Report of the Indian Hemp Drugs Commission, 1894-1895 - Volume VI
Year: 1894
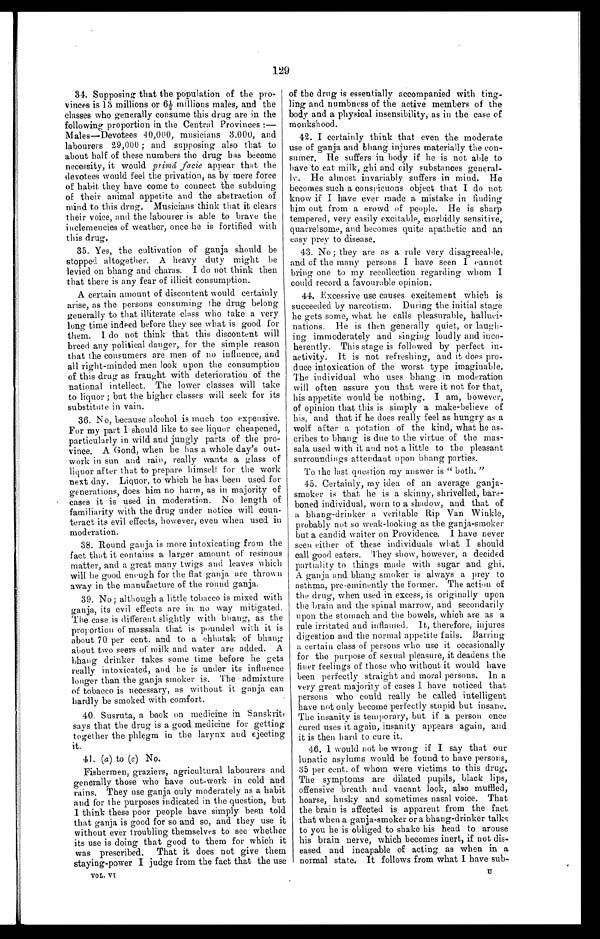
129
34.Supposing that the population of the pro-
vi nces i s 13 mi l l i ons or 6½ mi l l i ons mal es, and t he
classes who generally consume this drug are in the
following proportion in the Central Provinces:—
Males—Devotees 40,000, musicians 3.000, and
labourers 29,000; and supposing also that to
about half of these numbers the drug has become
necessity, it would primâ facie appear that the
devotees would feel the privation, as by mere force
of habit they have come to connect the subduing
of their animal appetite and the abstraction of
mind to this drug. Musicians think that it clears
their voice, and the labourer is able to brave the
inclemencies of weather, once he is fortified with
this drug.
35.Yes, the cultivation of ganja, should be
stopped altogether. A heavy duty might be
levied on bhang and charas. I do not think then
that there is any fear of illicit consumption.
A certain amount of discontent would certainly
arise, as the persons consuming the drug belong
generally to that illiterate class who take a very
long time indeed before they see what is good for
them. I do not think that this discontent will
breed any political danger, for the simple reason
that the consumers are men of no influence, and
all right-minded men look upon the consumption
of this drug as fraught with deterioration of the
national intellect. The lower classes will take
to liquor; but the higher classes will seek for its
substitute in vain.
36. No, because alcohol is much too expensive.
For my part I should like to see liquor cheapened,
particularly in wild and jungly parts of the pro
-vince. A Gond, when he has a whole day's out
- w o r k i n s u n a n d r a i n , r e a l l y w a n t s a g l a s s o f
liquor after that to prepare himself for the work
next day. Liquor, to which he has been used for
generations, does him no harm, as in majority of
cases it is used in moderation. No length of
familiarity with the drug under notice will coun
- t e r a c t i t s e v i l e f f e c t s , h o w e v e r , e v e n w h e n u s e d i n
moderation.
38.Round ganja is more intoxicating from the
fact that it contains a larger amount of resinous
matter, and a great many twigs and leaves which
will be good enough for the flat ganja are thrown
away in the manufacture of the round ganja.
39.No; although a little tobacco is mixed with
g a n j a , i t s e v i l e f f e c t s a r e i n n o w a y m i t i g a t e d .
The case is different slightly with bhang, as the
proportion of massala that is pounded with it is
about 70 per cent. and to a chhatak of bhang
about two seers of milk and water are added. A
bhang drinker takes some time before he gets
really intoxicated, and he is under its influence
longer than the ganja smoker is. The admixture
of tobacco is necessary, as without it ganja can
bardly be smoked with comfort.
40.Susruta, a book on medicine in Sanskrit,
says that the drug is a good medicine for getting
together the phlegm in the larynx and ejecting
it.
41.(a) to (c) No.
Fishermen, graziers, agricultural labourers and
generally those who have out-work in cold and
rains. They use ganja only moderately as a habit
and for the purposes indicated in the question, but
I think these poor people have simply been told
that ganja is good for so and so, and they use it
without ever troubling themselves to see whether
i t s u s e i s d o i n g t h a t g o o d t o t h e m f o r wh i c h i t
was prescribed. That it does not give them
staying-power I judge from the fact that the use
o of the drug is essentially accompanied with ting
- l i n g a n d n u m b n e s s o f t h e a c t i v e m e m b e r s o f t h e
body and a physical insensibility, as in the case of
monkshood.
42.I certainly think that even the moderate
use of ganja and bhang injures materially the con
- s u m e r . H e s u f f e r s i n b o d y i f h e i s n o t a b l e t o
have to eat milk, ghi and oily substances general
- l y . H e a l m o s t i n v a r i a b l y s u f f e r s i n m i n d . H e
becomes such a conspicuous object that I do not
know if I have ever made a mistake in finding
him out from a crowd of people. He is sharp
tempered, very easily excitable, morbidly sensitive,
quarrelsome, and becomes quite apathetic and an
easy prey to disease.
4.3. No; they are as a rule very disagreeable,
and of the many persons I have seen I cannot
bring one to my recollection regarding whom I
could record a favourable opinion.
44.Excessive use causes excitement which is
succeeded by narcotism. During the initial stage
he gets some, what he calls pleasurable, halluci
-nations. He is then generally quiet, or laugh
-ing immoderately and singing loudly and inco
-herently. This stage is followed by perfect in
-activity. It is not refreshing, and it does pro
- d u c e i n t o x i c a t i o n o f t h e w o r s t t y p e i m a g i n a b l e .
The individual who uses bhang in moderation
will often assure you that were it not for that,
his appetite would be nothing. I am, however,
of opinion that this is simply a make-believe of
his, and that if he does really feel as hungry as a
wolf after a potation of the kind, what he as,,
cribes to bhang is due to the virtue of the mas
- s a l a u s e d w i t h i t a n d n o t a l i t t l e t o t h e p l e a s a n t
surroundings attendant upon bhang parties.
To the last question my answer is "both."
45.Certainly, my idea of an average ganja
-smoker is that he is a skinny, shrivelled, bare-
boned individual, worn to a shadow, and that of
a bhang-drinker a veritable Rip Van Winkle,
probably not so weak-looking as the ganja-smoker
but a candid waiter on Providence. I have never
seen either of these individuals what I should
call good eaters. They show, however, a decided
partiality to things made with sugar and ghi.
A ganja and bhang smoker is always a prey to
asthma, pre-eminently the former. The action of
the drug, when used in excess, is originally upon
the brain and the spinal marrow, and secondarily
upon the stomach and the bowels, which are as a
rule irritated and inflamed. It, therefore, injures
digestion and the normal appetite fails. Barring
a certain class of persons who use it occasionally
for the purpose of sexual pleasure, it deadens the
finer feelings of those who without it would have
been perfectly straight and moral persons. In a
very great majority of cases I have noticed that
persons who could really be called intelligent
have not only become perfectly stupid but insane.
The insanity is temporary, but if a person once
cured uses it again, insanity appears again, and
it is then hard to cure it.
46.I would not be wrong if I say that our
lunatic asylums would be found to have persons,
35 per cent. of whom were victims to this drug.
The symptoms are dilated pupils, black lips,
offensive breath and vacant look, also muffled,
hoarse, husky and sometimes nasal voice. That
the brain is affected is apparent from the fact
that when a ganja-smoker or a bhang-drinker talks
to you he is obliged to shake his head to arouse
his brain nerve, which becomes inert, if not dis
- e a s e d a n d i n c a p a b l e o f a c t i n g a s w h e n i n a
normal state. It follows from what I have sub-